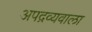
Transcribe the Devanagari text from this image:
अपद्रव्यवाला